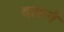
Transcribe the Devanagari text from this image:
दारूने